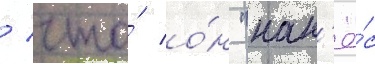
/ что́ о́н "нан'ё́с